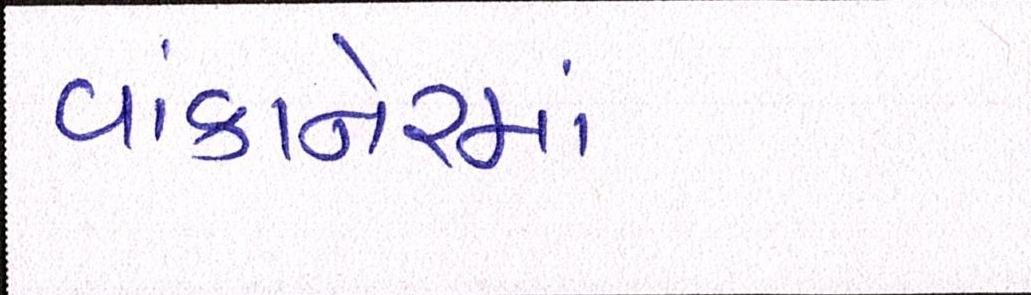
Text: વાંકાનેરમાં